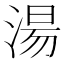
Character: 湯